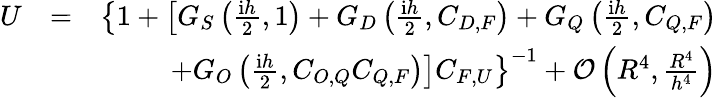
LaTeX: \begin{array}{rlr}{U}&{=}&{\left\{ 1+\left[G_{S}\left(\frac{\mathrm{i}h}{2},1\right)+G_{D}\left(\frac{\mathrm{i}h}{2},C_{D,F}\right)+G_{Q}\left(\frac{\mathrm{i}h}{2},C_{Q,F}\right)\right.\right.}\\ &{}&{\left.\left.+G_{O}\left(\frac{\mathrm{i}h}{2},C_{O,Q}C_{Q,F}\right)\right]C_{F,U}\right\} ^{-1}+\mathcal{O}\left(R^{4},\frac{R^{4}}{h^{4}}\right)}\end{array}